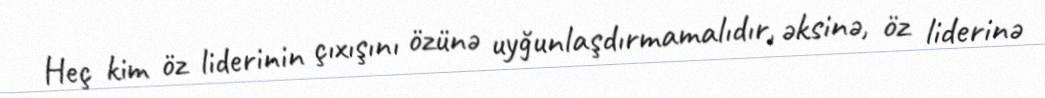
Heç kim öz liderinin çıxışını özünə uyğunlaşdırmamalıdır, əksinə, öz liderinə